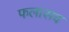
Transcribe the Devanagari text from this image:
फलासव